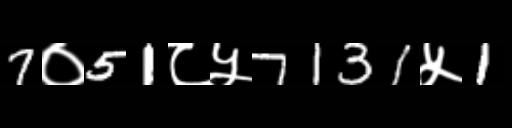
Text: 7०51८५7131५1